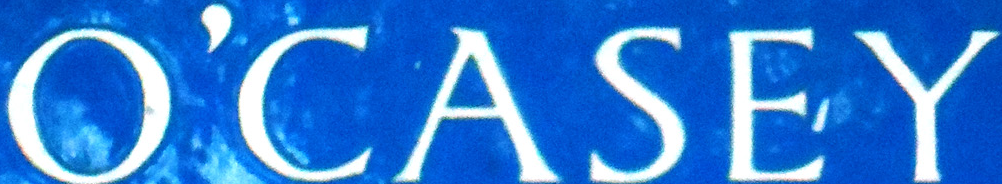
O'CASEY